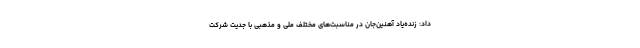
داد: زنده‌یاد آهنین‌جان در مناسبت‌های مختلف ملی و مذهبی با جدیت شرکت